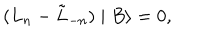
( L _ { n } - \tilde { L } _ { - n } ) \mid B \rangle = 0 ,